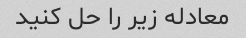
معادله زیر را حل کنید